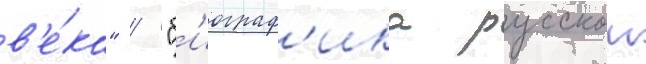
в'е́ка" / "б'иограф'ика русскои